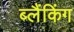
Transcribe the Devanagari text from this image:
ब्लैंकिंग